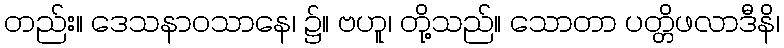
တည်း။ ဒေသနာဝသာနေ၊ ၌။ ဗဟူ၊ တို့သည်။ သောတာ ပတ္တိဖလာဒီနိ၊